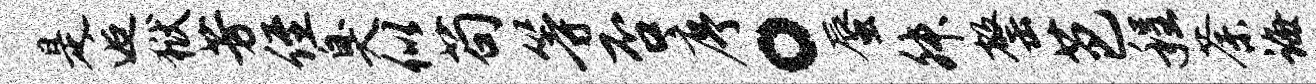
是逅狱芳侄臭似苟等否序。蜃舛罄芭程荼诲